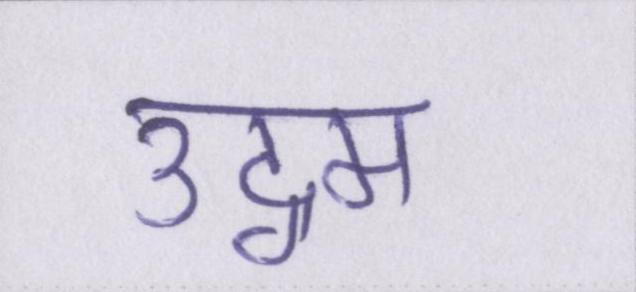
उद्गम